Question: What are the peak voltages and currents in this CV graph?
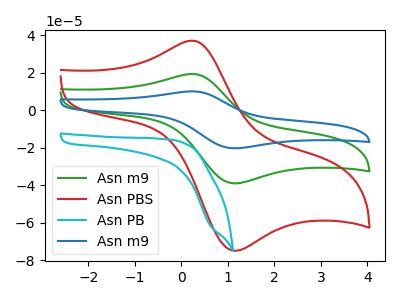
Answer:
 <answer>The green curve "Asn m9" has an anodic peak at (0.25V, 19.30uA) and a cathodic peak at (1.10V, -38.95uA). The red curve "Asn PBS" has an anodic peak at (0.25V, 37.05uA) and a cathodic peak at (1.10V, -74.85uA). The cyan curve "Asn PB" has no peaks. The blue curve "Asn m9" has an anodic peak at (0.25V, 38.55uA) and a cathodic peak at (1.10V, -77.90uA).</answer>
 <eval></eval>